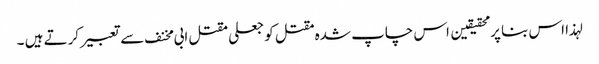
لہذا اس بنا پر محقیقین اس چاپ شدہ مقتل کو جعلی مقتل ابی مخنف سے تعبیر کرتے ہیں ۔